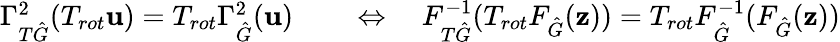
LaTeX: \begin{array}{rl}{\Gamma_{T\hat{G}}^{2}(T_{rot}\mathbf{u})=T_{rot}\Gamma_{\hat{G}}^{2}(\mathbf{u})}&{{}\quad\Leftrightarrow\quad F_{T\hat{G}}^{-1}(T_{rot}F_{\hat{G}}(\mathbf{z}))=T_{rot}F_{\hat{G}}^{-1}(F_{\hat{G}}(\mathbf{z}))}\end{array}